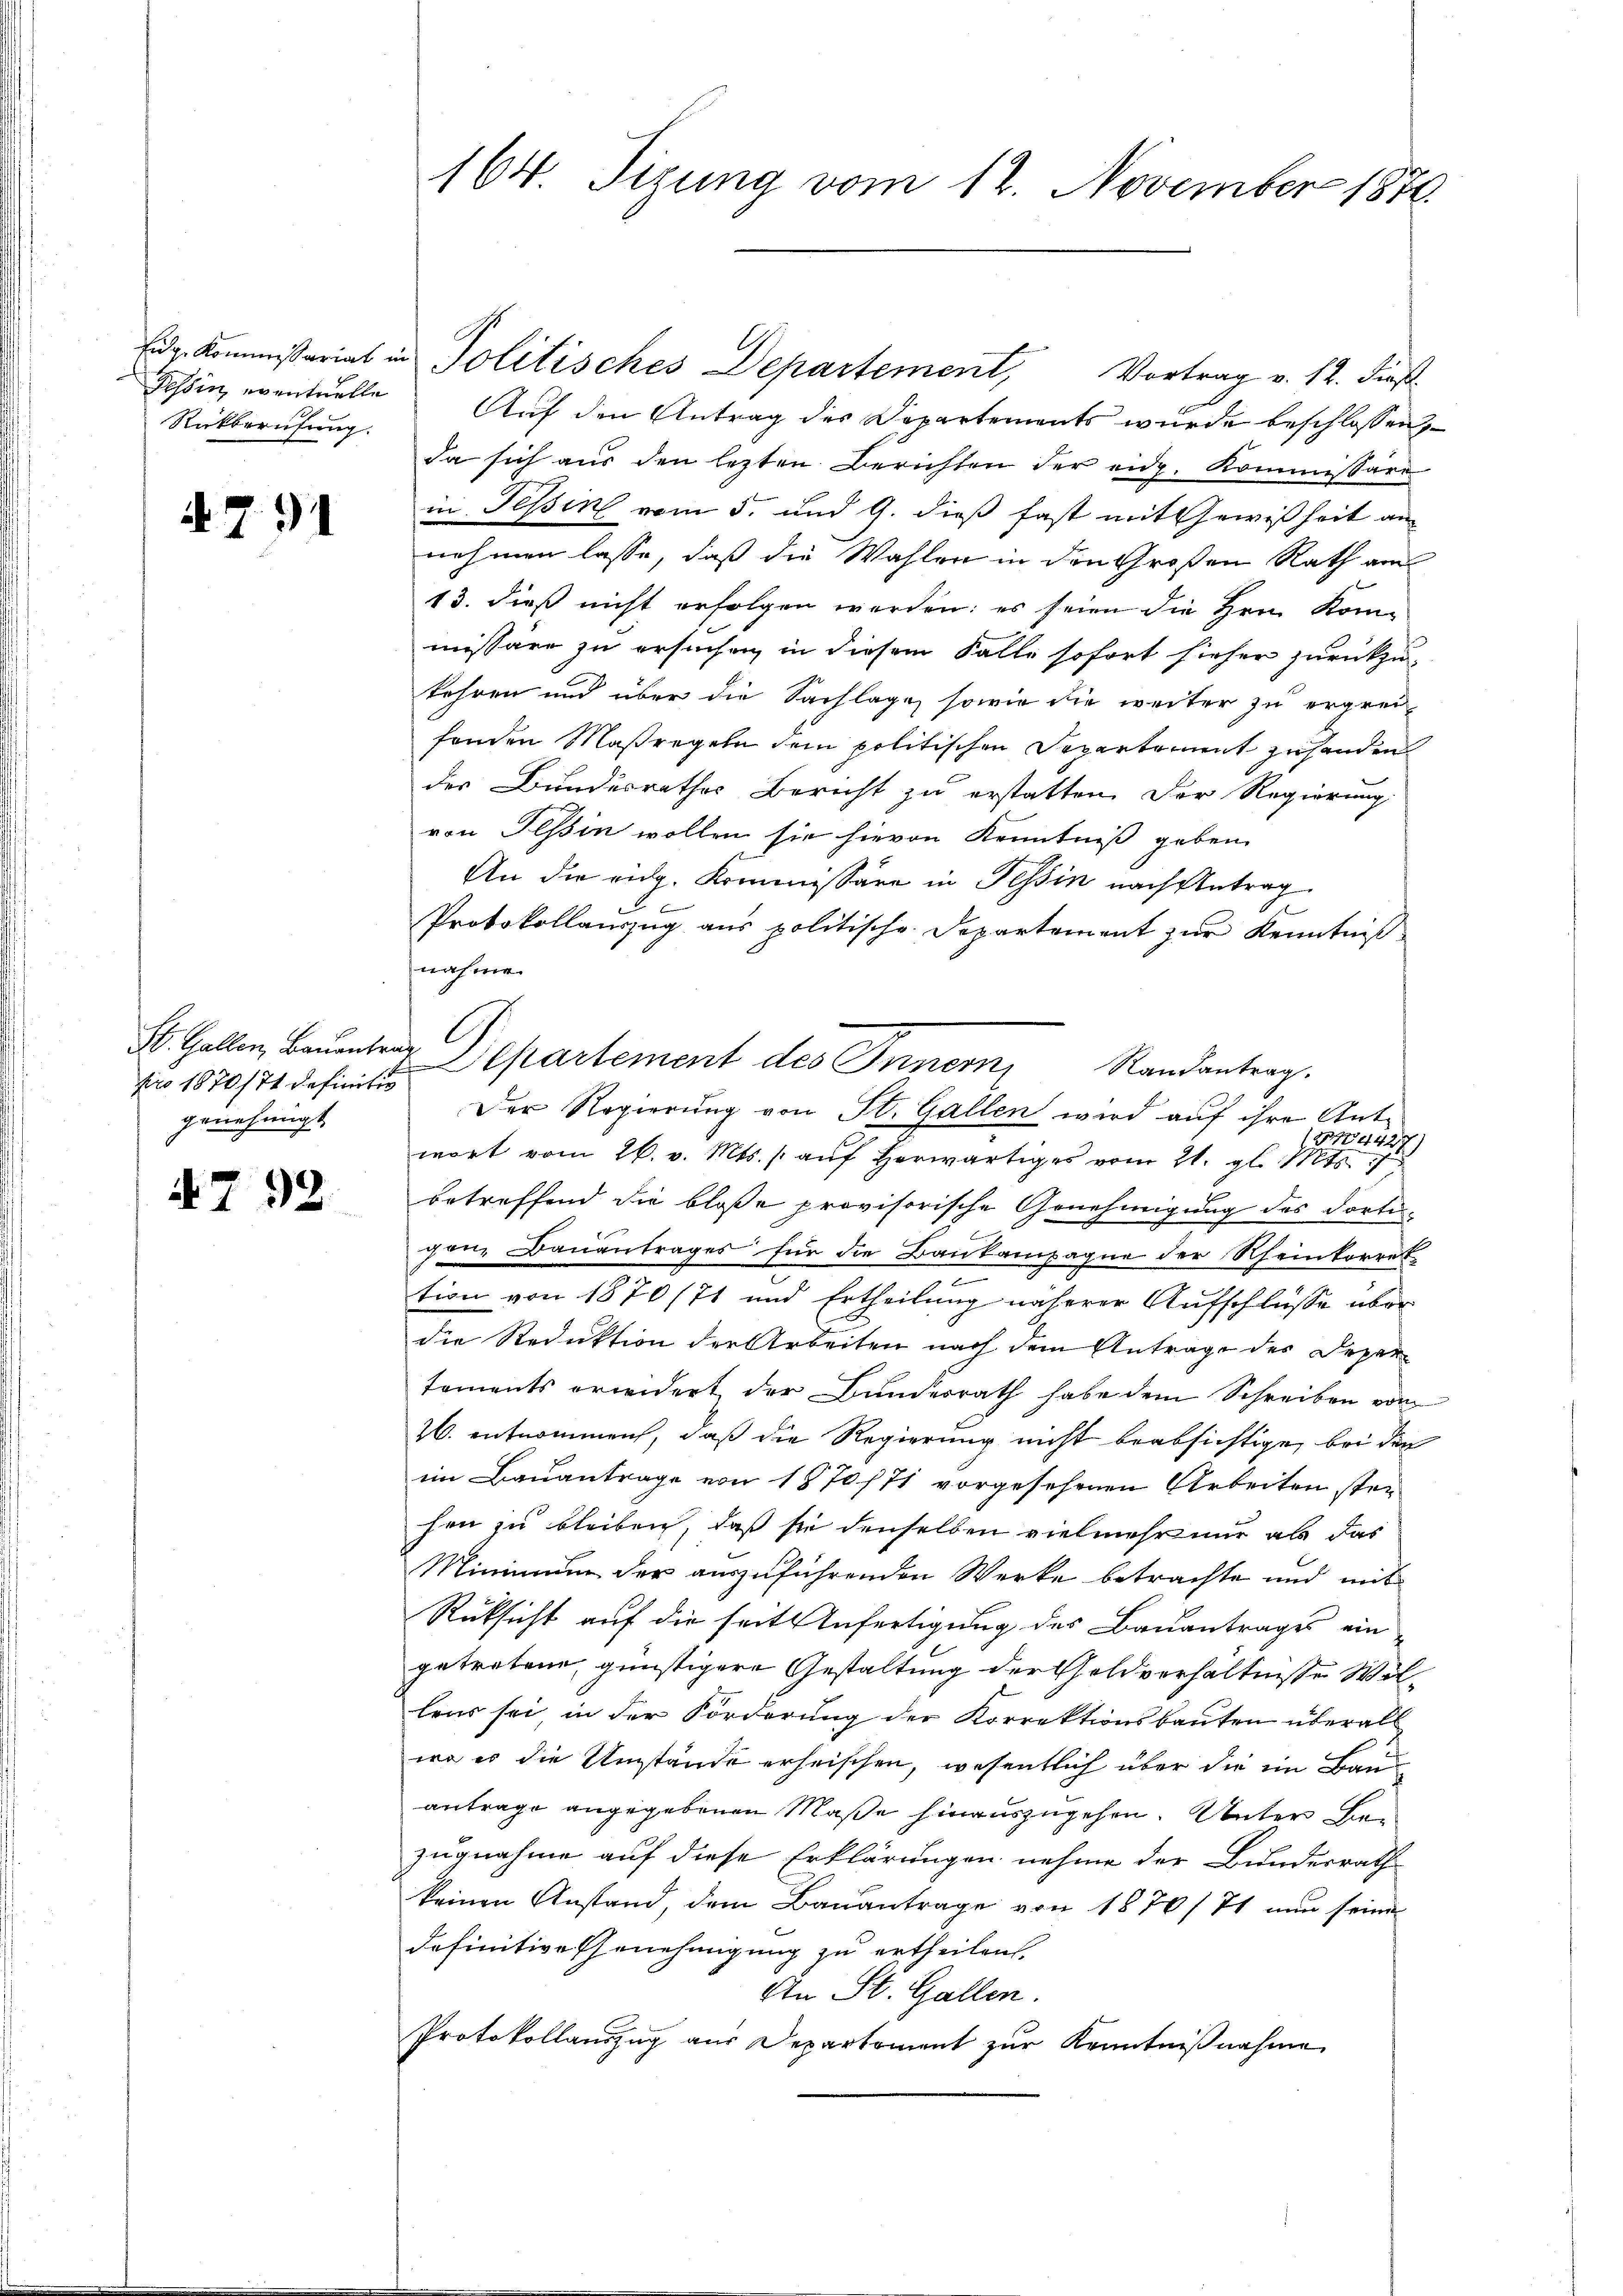
Rückberufung.

4791

pro 1870/74 definitio
genehmigt

47

92.

164. Sizung vom 12. November 1870.

Eidg. Kommissariat in Politisches Departement, Vortrag v. 12. dieß.
Zessin, eventuelle Auf den Antrag des Departements wurde beschlossen,
da sich aus den lezten Berichten der eidg. Kommissäre
in Tessin vom 5. und 9. dieß fast mit Gewißheit an
nehmen lasse, daß die Wahlen in den Großen Rath am
13. dieß nicht erfolgen werden; es seien die Herrn Kom-
missäre zu ersuchen, in diesem Falle sofort hieher zurückzu-
kehren und über die Sachlage, sowie die weiter zu ergreifonden Maßregeln dem politischen Separtement zu handen
der Bundesrathes Bericht zu erstatten. Der Regierung
von Tessin wollen sie hievon Kenntniß geben.
An die eidg. Kommissäre in Tessin nach Antrag
e
Protokollauszug aus politische Departement zŭr Kenntniß
nahme.
St. Gallen, Baŭenten Departement des Innern Randantrag.
Der Regierung von St. Gallen wird auf ihre Ant-
4427,
wort vom 26. v. Mts. aŭf herwärtiges vom 21. gl. Mts. 7
betreffend die bloße provisorische Genehmigung des dortiganz Bauantrages für die Baukampagne der Rheinkorret
tion von 1870/71 und Ertheilung näherer Aufschlüsse über
die Reduktion der Arbeiten nach dem Antrage des Departoments erwidert der Bundesrath habe dem Schreiben vom
26. entnommen, daß die Regierung nicht beabsichtige, bei der
im Bauantrage von 1870/71 vorgesehenen Arbeiten ster
hen zu bleiben, daß sie denselben vielmehr nur als das
Minimum der auszuführenden Werke betrachte und mit
Rüksicht auf die seit Anfertigung des Bauantrages ein
getretene, günstigere Gestaltung der Geldverhältnisse Willens sei in der Forderung der Korrektionsbauten überall
wo es die Umstände erheischen, wesentlich über die im Bau-
antrage angegebenen Maße hinauszugehen. Unter Her
zugnahme auf diese Erklärungen nehme der Bundesrath
keinen Anstand, dem Baŭantrage von 1870/71 nun seine
definitive Genehmigung zu ertheilen.
An St. Gallen.
Protokollauszug aus Departement zur Kenntnißnahme

.